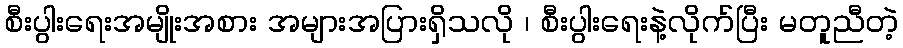
စီးပွါးရေးအမျိုးအစား အများအပြားရှိသလို ၊ စီးပွါးရေးနဲ့လိုက်ပြီး မတူညီတဲ့